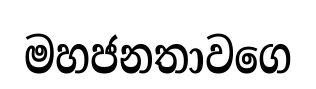
මහජනතාවගෙ